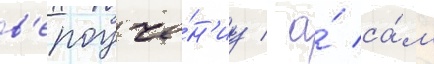
в'ероуче́н'иу / а́ са́м